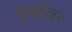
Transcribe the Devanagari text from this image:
इनहेलर